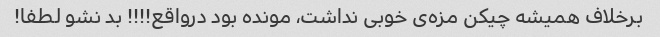
برخلاف همیشه چیکن مزه‌ی خوبی نداشت، مونده بود درواقع!!!! بد نشو لطفا!